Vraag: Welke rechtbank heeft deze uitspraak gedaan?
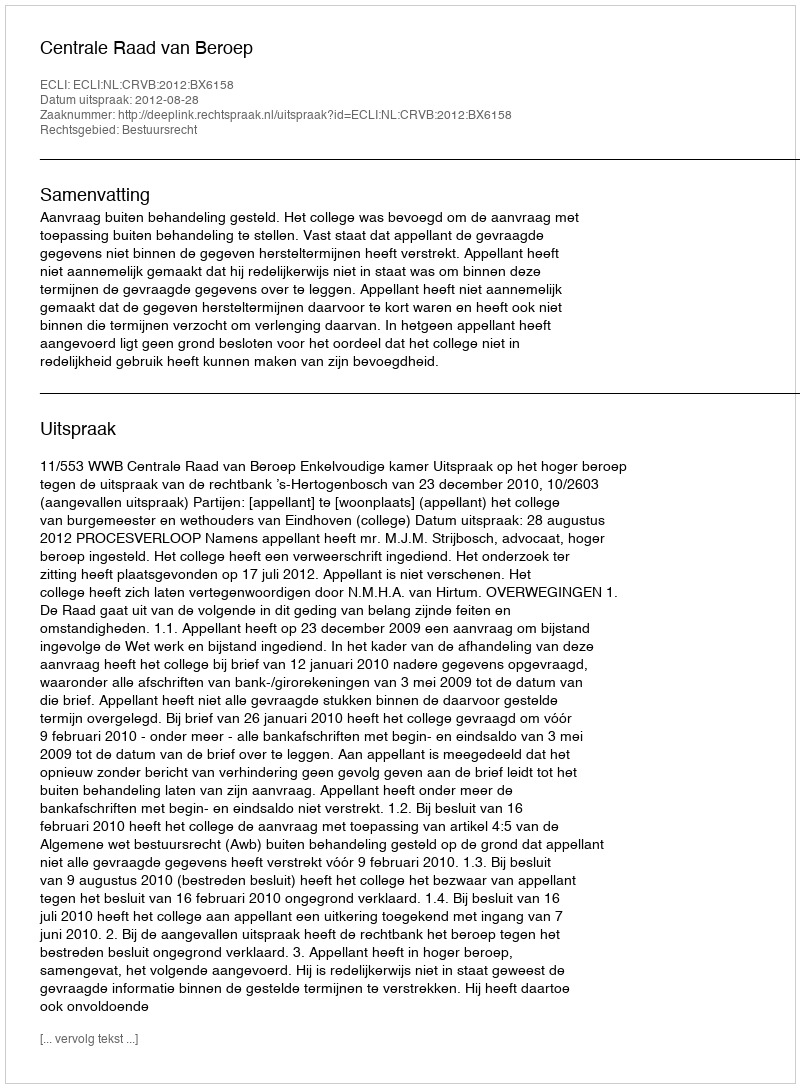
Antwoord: Centrale Raad van Beroep